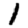
Digit: 1